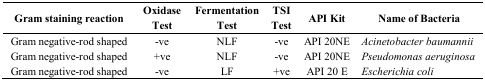
| Gram staining reaction | Oxidase Test | Fermentation Test | TSI Test | API Kit | Name of Bacteria |
 | --- | --- | --- | --- | --- | --- |
 | Gram negative-rod shaped | -ve | NLF | -ve | API 20NE | Acinetobacter baumannii |
 | Gram negative-rod shaped | +ve | NLF | -ve | API 20NE | Pseudomonas aeruginosa |
 | Gram negative-rod shaped | -ve | LF | +ve | API 20 E | Escherichia coli |